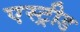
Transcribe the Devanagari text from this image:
एस्ट्रीड